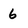
Character: 6